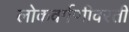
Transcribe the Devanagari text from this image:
लोकवर्गणीवरती